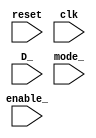
module scoreboard(reset, clk, enable_, D_, mode_);

input clk, enable_, reset;
input [3:0] D_;
input [1:0] mode_;

reg [3:0] Q_sb;
reg rco_sb = 0, load_sb = 0;

always @(posedge clk) begin
    if(reset == 0 && enable_ == 1) begin
        rco_sb <=  0;
        if(mode_ == 2'b00) begin 
            load_sb <=  0;
            Q_sb <=  Q_sb + 3;   
            if(Q_sb == 4'b1111 | Q_sb == 4'b1110 | Q_sb == 4'b1101) begin
                rco_sb <=  1;
            end
        end
        else if(mode_ == 2'b01) begin
            load_sb <=  0;
            if(Q_sb == 4'b0000) begin
                rco_sb <=  1;
            end
            Q_sb <=  Q_sb - 1;
        end
        else if(mode_ == 2'b10) begin
            load_sb <=  0;
            if(Q_sb == 4'b1111) begin
                rco_sb <=  1;
            end
            Q_sb <=  Q_sb + 1;
        end
        else if(mode_ == 2'b11) begin
            load_sb <=  1;
            Q_sb <=  D_;
            rco_sb <=  0;
        end 
    end
    else if(reset == 1)  begin
        rco_sb <=  0;
        load_sb <=  0;
        Q_sb <=  4'b0000;
    end
    else if(reset == 0 && enable_ == 0) begin
        Q_sb <=  1'bz;
    end
end


endmodule